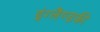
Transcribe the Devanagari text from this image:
इंग्लैण्डकी